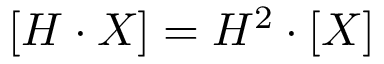
[ H \cdot X ] = H ^ { 2 } \cdot [ X ]